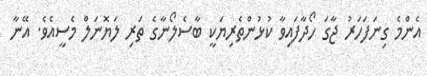
އެންމެ ގިނަފަހަރު ޖާގަ ހޯދާފައިވާ ކުޅުންތެރިޔަކީ ބާސެލޯނާގެ ތަރި ލަޔޮނަލް މެސީއެވެ. އޭނާ